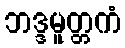
ဘဒ္ဒမူတ္တကံ